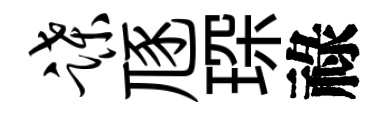
蹀豗琛祿